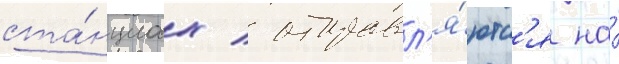
ста́нциах / отправл'я́ютс'я на́